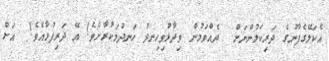
އެކަލޭގެފާނުގެ ދަރިކަލުންނަށް  ދެއްވަމުން ވިދާޅުވިހިނދު ހަނދުމަކުރާށެވެ! އޭ ދަރިފުޅާއެވެ!  އަށް